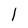
Character: l